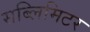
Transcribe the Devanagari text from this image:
सब्लिमिटर